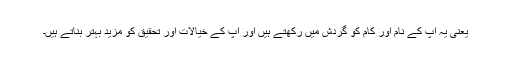
یعنی یہ آپ کے نام اور کام کو گردش میں رکھتے ہیں اور آپ کے خیالات اور تحقیق کو مزید بہتر بناتے ہیں۔